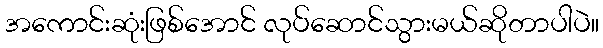
အကောင်းဆုံးဖြစ်အောင် လုပ်ဆောင်သွားမယ်ဆိုတာပါပဲ။